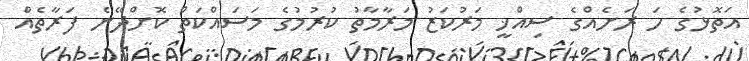
އަތޮޅުގެ ހަ ރަށެއްގެ ސިއްޚީ މަރުކަޒު މަރާމާތު ކުރުމުގެ މަސައްކަތް ކޮށްދޭނެ ފަރާތެއް